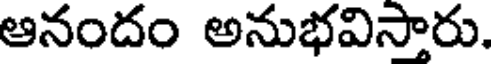
ఆనందం అనుభవిసారు.